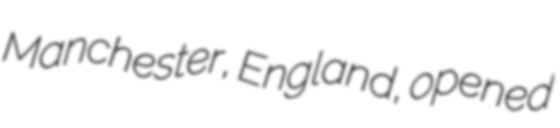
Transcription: Manchester, England, opened